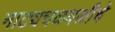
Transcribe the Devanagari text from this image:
नाट्यचळवळीचे